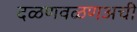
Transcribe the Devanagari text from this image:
दळणवळणअची